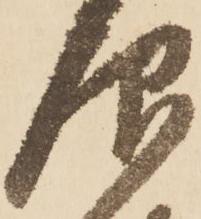
仰